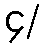
၄/